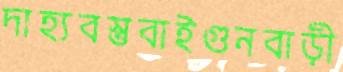
দাহ্যবস্তুবাইগুনবাড়ী